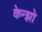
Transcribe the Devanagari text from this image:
केन्झो